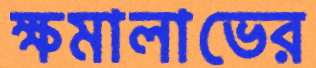
ক্ষমালাভের